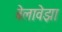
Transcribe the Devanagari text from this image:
बेलावेझा